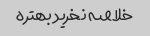
خلاصه نخرید بهتره